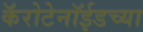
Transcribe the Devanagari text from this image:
कॅरोटेनॉईडच्या